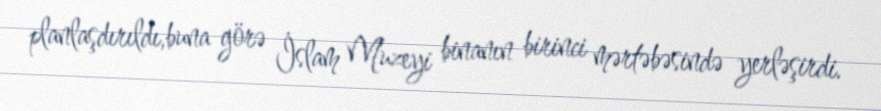
planlaşdırıldı,buna görə İslam Muzeyi binanın birinci mərtəbəsində yerləşirdi.